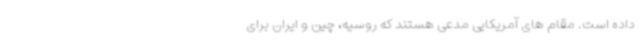
داده است. مقام های آمریکایی مدعی هستند که روسیه، چین و ایران برای